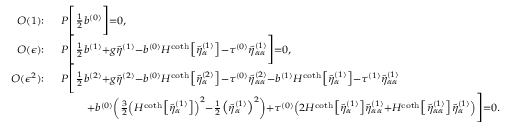
\begin{array} { r l } { { \scriptstyle O ( 1 ) : } } & { \, { \scriptstyle P \bigg [ \frac { 1 } { 2 } b ^ { ( 0 ) } \bigg ] = 0 , } } \\ { { \scriptstyle O ( \epsilon ) : } } & { \, { \scriptstyle P \bigg [ \frac { 1 } { 2 } b ^ { ( 1 ) } + g \tilde { \eta } ^ { ( 1 ) } - b ^ { ( 0 ) } H ^ { \coth } \big [ \tilde { \eta } _ { \alpha } ^ { ( 1 ) } \big ] - \tau ^ { ( 0 ) } \tilde { \eta } _ { \alpha \alpha } ^ { ( 1 ) } \bigg ] = 0 , } } \\ { { \scriptstyle O ( \epsilon ^ { 2 } ) : } } & { \, { \scriptstyle P \bigg [ \frac { 1 } { 2 } b ^ { ( 2 ) } + g \tilde { \eta } ^ { ( 2 ) } - b ^ { ( 0 ) } H ^ { \coth } \big [ \tilde { \eta } _ { \alpha } ^ { ( 2 ) } \big ] - \tau ^ { ( 0 ) } \tilde { \eta } _ { \alpha \alpha } ^ { ( 2 ) } - b ^ { ( 1 ) } H ^ { \coth } \big [ \tilde { \eta } _ { \alpha } ^ { ( 1 ) } \big ] - \tau ^ { ( 1 ) } \tilde { \eta } _ { \alpha \alpha } ^ { ( 1 ) } } } \\ & { { \scriptstyle \qquad + b ^ { ( 0 ) } \left( \frac { 3 } { 2 } \left( H ^ { \coth } \big [ \tilde { \eta } _ { \alpha } ^ { ( 1 ) } \big ] \right) ^ { 2 } - \frac { 1 } { 2 } \big ( \tilde { \eta } _ { \alpha } ^ { ( 1 ) } \big ) ^ { 2 } \right) + \tau ^ { ( 0 ) } \left( 2 H ^ { \coth } \big [ \tilde { \eta } _ { \alpha } ^ { ( 1 ) } \big ] \tilde { \eta } _ { \alpha \alpha } ^ { ( 1 ) } + H ^ { \coth } \big [ \tilde { \eta } _ { \alpha \alpha } ^ { ( 1 ) } \big ] \tilde { \eta } _ { \alpha } ^ { ( 1 ) } \right) \bigg ] = 0 . } } \end{array}